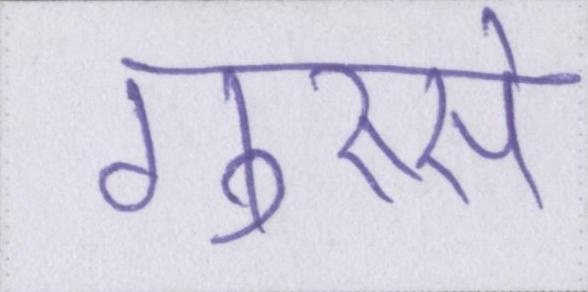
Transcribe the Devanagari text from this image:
गुस्से